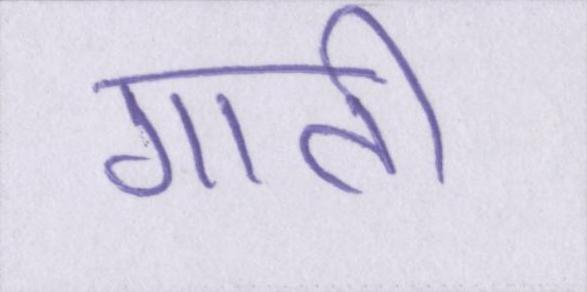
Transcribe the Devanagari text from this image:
गाती